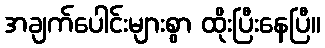
အချက်ပေါင်းများစွာ ထိုးပြီးနေပြီ။